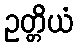
ဥတ္တိယံ